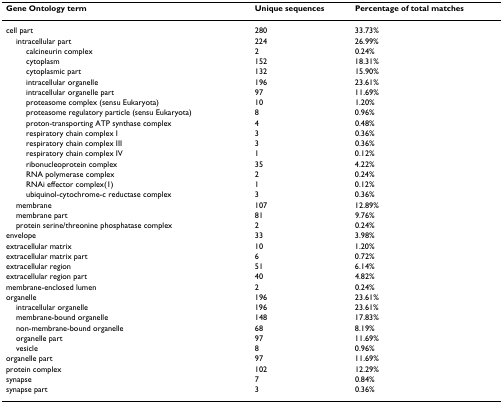
<table><thead><tr><td><b>Gene Ontology term</b></td><td><b>Unique sequences</b></td><td><b>Percentage of total matches</b></td></tr></thead><tbody><tr><td>cell part</td><td>280</td><td>33.73%</td></tr><tr><td> intracellular part</td><td>224</td><td>26.99%</td></tr><tr><td>calcineurin complex</td><td>2</td><td>0.24%</td></tr><tr><td>cytoplasm</td><td>152</td><td>18.31%</td></tr><tr><td>cytoplasmic part</td><td>132</td><td>15.90%</td></tr><tr><td>intracellular organelle</td><td>196</td><td>23.61%</td></tr><tr><td>intracellular organelle part</td><td>97</td><td>11.69%</td></tr><tr><td>proteasome complex (sensu Eukaryota)</td><td>10</td><td>1.20%</td></tr><tr><td>proteasome regulatory particle (sensu Eukaryota)</td><td>8</td><td>0.96%</td></tr><tr><td>proton-transporting ATP synthase complex</td><td>4</td><td>0.48%</td></tr><tr><td>respiratory chain complex I</td><td>3</td><td>0.36%</td></tr><tr><td>respiratory chain complex III</td><td>3</td><td>0.36%</td></tr><tr><td>respiratory chain complex IV</td><td>1</td><td>0.12%</td></tr><tr><td>ribonucleoprotein complex</td><td>35</td><td>4.22%</td></tr><tr><td>RNA polymerase complex</td><td>2</td><td>0.24%</td></tr><tr><td>RNAi effector complex(1)</td><td>1</td><td>0.12%</td></tr><tr><td>ubiquinol-cytochrome-c reductase complex</td><td>3</td><td>0.36%</td></tr><tr><td> membrane</td><td>107</td><td>12.89%</td></tr><tr><td> membrane part</td><td>81</td><td>9.76%</td></tr><tr><td> protein serine/threonine phosphatase complex</td><td>2</td><td>0.24%</td></tr><tr><td>envelope</td><td>33</td><td>3.98%</td></tr><tr><td>extracellular matrix</td><td>10</td><td>1.20%</td></tr><tr><td>extracellular matrix part</td><td>6</td><td>0.72%</td></tr><tr><td>extracellular region</td><td>51</td><td>6.14%</td></tr><tr><td>extracellular region part</td><td>40</td><td>4.82%</td></tr><tr><td>membrane-enclosed lumen</td><td>2</td><td>0.24%</td></tr><tr><td>organelle</td><td>196</td><td>23.61%</td></tr><tr><td> intracellular organelle</td><td>196</td><td>23.61%</td></tr><tr><td> membrane-bound organelle</td><td>148</td><td>17.83%</td></tr><tr><td> non-membrane-bound organelle</td><td>68</td><td>8.19%</td></tr><tr><td> organelle part</td><td>97</td><td>11.69%</td></tr><tr><td> vesicle</td><td>8</td><td>0.96%</td></tr><tr><td>organelle part</td><td>97</td><td>11.69%</td></tr><tr><td>protein complex</td><td>102</td><td>12.29%</td></tr><tr><td>synapse</td><td>7</td><td>0.84%</td></tr><tr><td>synapse part</td><td>3</td><td>0.36%</td></tr></tbody></table>